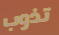
تذوب